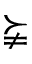
\succneqq